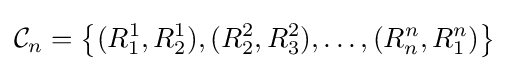
{\mathcal {C}}_{n}={\big \{}(R_{1}^{1},R_{2}^{1}),(R_{2}^{2},R_{3}^{2}),\ldots ,(R_{n}^{n},R_{1}^{n}){\big \}}